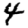
Digit: 4